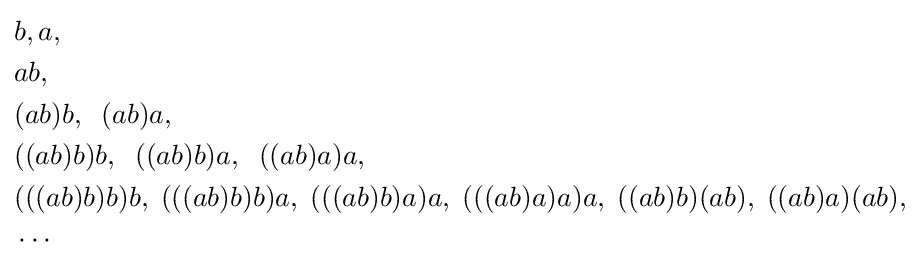
{\begin{aligned}&b,a,\\&ab,\\&(ab)b,\;\;(ab)a,\\&((ab)b)b,\;\;((ab)b)a,\;\;((ab)a)a,\\&(((ab)b)b)b,\;(((ab)b)b)a,\;(((ab)b)a)a,\;(((ab)a)a)a,\;((ab)b)(ab),\;((ab)a)(ab),\\&\cdots \end{aligned}}